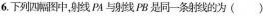
6.下列四幅图中，射线PA与射线PB是同一条射线的为( )